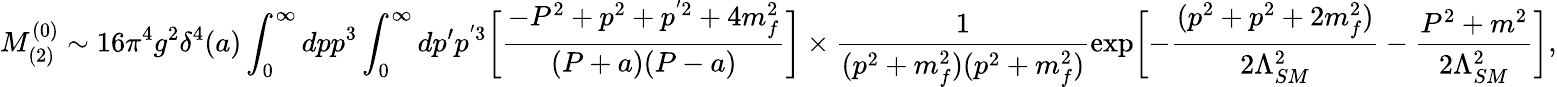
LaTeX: M_{(2)}^{(0)}\sim 16\pi^{4}g^{2}\delta^{4}(a)\int_{0}^{\infty}dpp^{3}\int_{0}^{\infty}dp^{\prime}p^{'3}\biggl[\frac{-P^{2}+p^{2}+p^{'2}+4m_{f}^{2}}{(P+a)(P-a)}\biggr]\times\frac{1}{(p^{2}+m_{f}^{2})(p^{2}+m_{f}^{2})}\exp\biggl[-\frac{(p^{2}+p^{2}+2m_{f}^{2})}{2\Lambda_{SM}^{2}}-\frac{P^{2}+m^{2}}{2\Lambda_{SM}^{2}}\biggr],